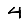
Digit: 4